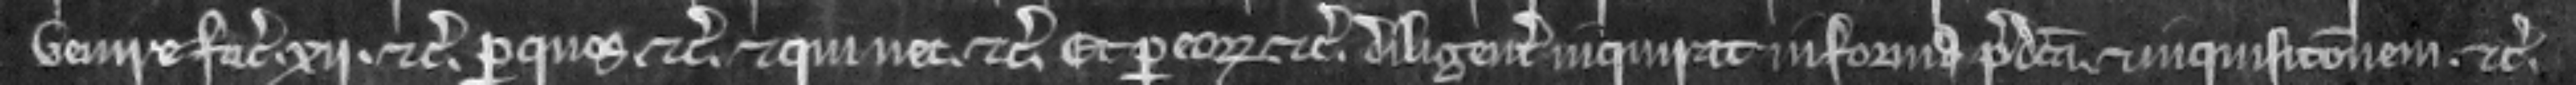
venire faciat. xii. etc. per quos etc. et qui nec. etc. Et per corum etc. diligenter inquirat informa predicta et inquisicionem. etc.